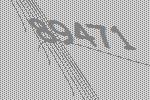
89471